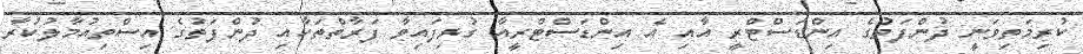
ކުރިމަތިވަނީ ދުންފަތުގެ އިންޑަސްޓްރީ އާއި އެ އިންޑަސްޓްރީއާ ގުޅިފައިވާ ފަރާތްތަކާއި ދުންފަތުގެ އިސްތިއުމާލުކުރާ